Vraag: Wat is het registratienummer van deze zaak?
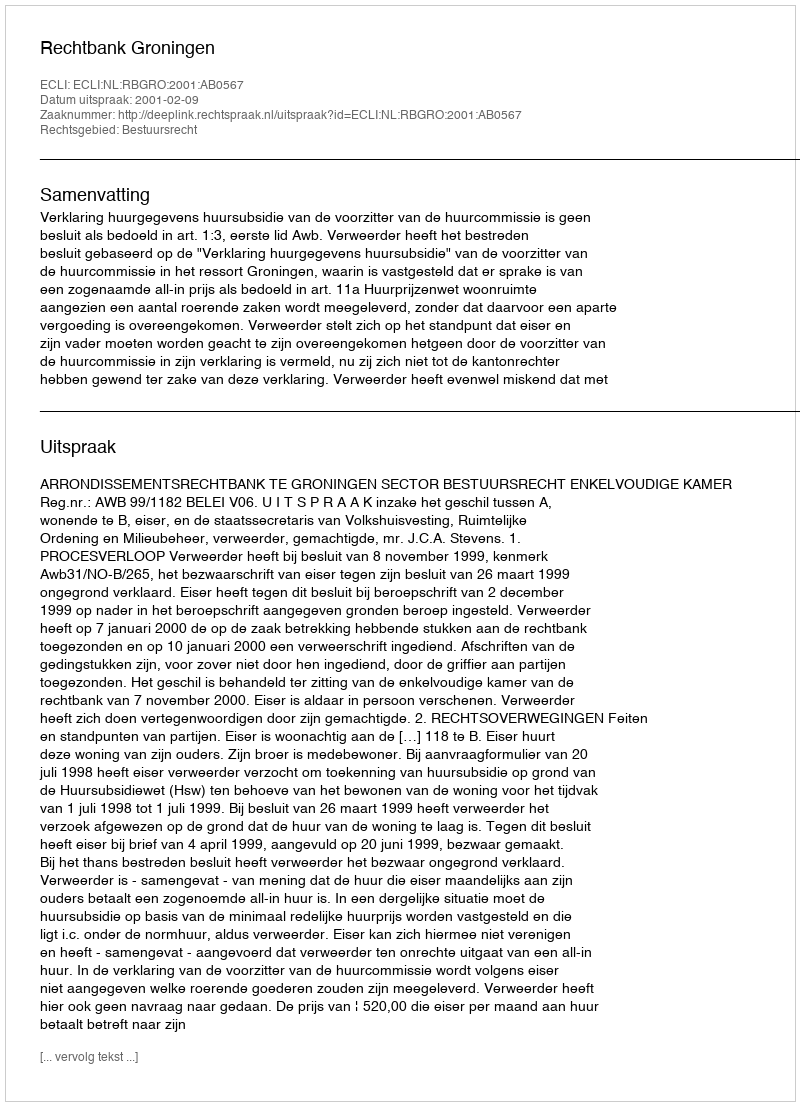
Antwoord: http://deeplink.rechtspraak.nl/uitspraak?id=ECLI:NL:RBGRO:2001:AB0567